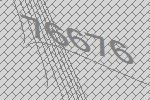
76676